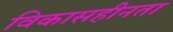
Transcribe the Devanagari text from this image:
विकासहीनता